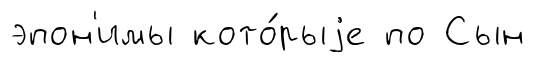
эпон'имы кото́рыjе по Сын